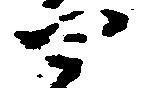
四